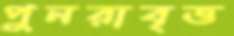
পুনরাবৃত্ত